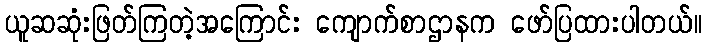
ယူဆဆုံးဖြတ်ကြတဲ့အကြောင်း ကျောက်စာဌာနက ဖော်ပြထားပါတယ်။